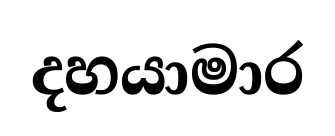
දහයාමාර